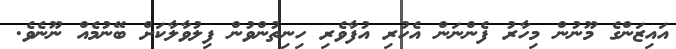
އައިޒަންގެ މޫނުން މިހާރު ފެންނަން އެހުރި އުފާވެރި ހިނިތުންވުން ފިލުވާލާކަށް ބޭނުމެއް ނޫނެވެ.